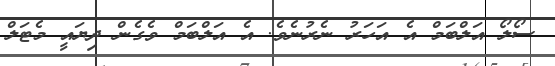
ސޯލޯ އަލްބަމް އެ އަހަރު ނެރުނެވެ. އެ އަލްބަމް ވެގެން ދިޔައީ މެޓަލް